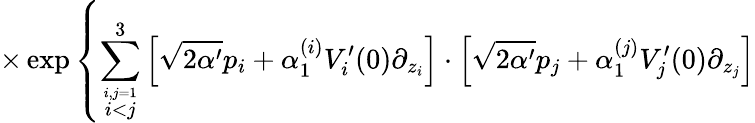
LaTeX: \times\exp\left\{ \sum_{\stackrel{i,j=1}{i<j}}^{3}\left[\sqrt{2\alpha^{\prime}}p_{i}+\alpha_{1}^{(i)}V_{i}^{\prime}(0)\partial_{z_{i}}\right]\cdot\left[\sqrt{2\alpha^{\prime}}p_{j}+\alpha_{1}^{(j)}V_{j}^{\prime}(0)\partial_{z_{j}}\right]\right.